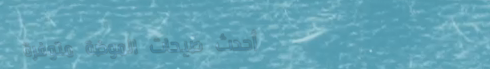
أحدث صيحات الموضة متوفرة